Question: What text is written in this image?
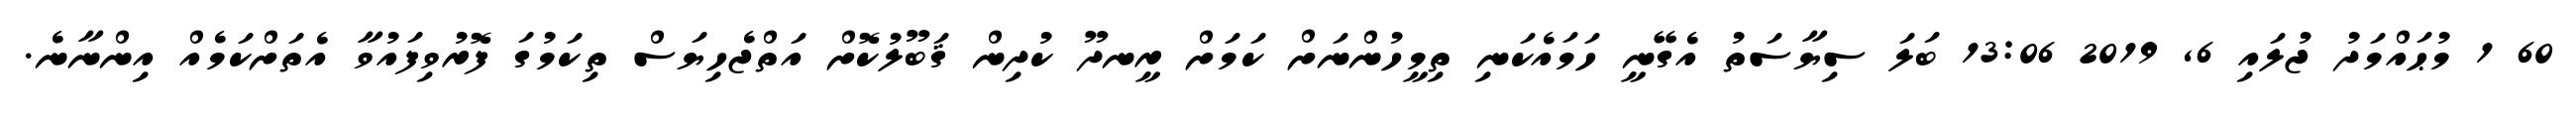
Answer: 60 1 މުޙައްމަދު ޖުލައި 6, 2019 13:06 ބަލަ ސިޔާސަތު އެގޭނީ ހަމައެކަނި ތިމީހުންނަށް ކަމަށް ރީނދޫ ކުދިން ޤަބޫލުކޮށް އަތްޖެހިޔަސް ތިކަމުގަ ފޮރުވިފައުވާ އެތަށްކަމެއް އިންނާނެ.